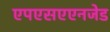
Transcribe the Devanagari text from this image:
एपएसएएनजेड